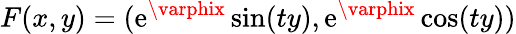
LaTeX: F(x,y)=(\mathrm{e}^{\varphix}\sin(ty),\mathrm{e}^{\varphix}\cos(ty))